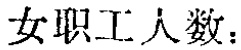
女职工人数：